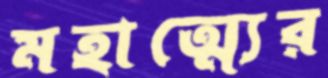
মহাত্ম্যের